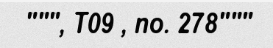
""", T09 , no. 278"""